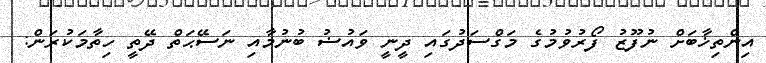
އިންތިޚާބަށް ނުފޫޒު ފޯރުވުމުގެ މަގްސަދުގައި ދީނީ ވައުޟު ބުނުމާއި ނަސޭޙަތް ދޭތީ ހިތާމަކުރަން: